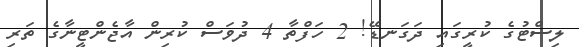
ލިސްޓުގެ ކުރީގައި ދަގަނޑޭ! 2 ހަފްތާ 4 ދުވަސް ކުރިން އާޖެންޓީނާގެ ތަރި